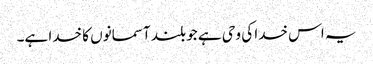
یہ اس خدا کی وحی ہے جو بلند آسمانوں کا خدا ہے۔